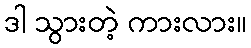
ဒါ သွားတဲ့ ကားလား။